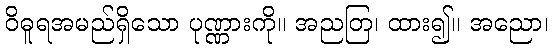
ဝိဓူရအမည်ရှိသော ပုဏ္ဏားကို။ အညတြ၊ ထား၍။ အညော၊